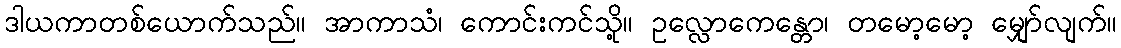
ဒါယကာတစ်ယောက်သည်။ အာကာသံ၊ ကောင်းကင်သို့။ ဥလ္လောကေန္တော၊ တမော့မော့ မျှော်လျက်။